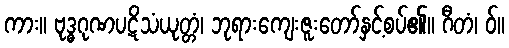
ကား။ ဗုဒ္ဓဂုဏပဋိသံယုတ္တံ၊ ဘုရားကျေးဇူးတော်နှင့်စပ်၏။ ဂီတံ၊ ဝ်။